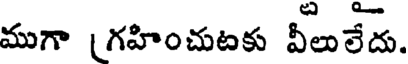
ముగా [గహించుటకు వీలులేదు.